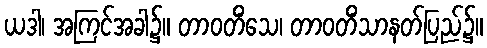
ယဒါ၊ အကြင်အခါ၌။ တာဝတိံသေ၊ တာဝတိံသာနတ်ပြည်၌။